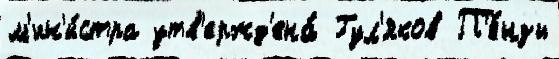
м'ин'и́стра утв'ержд'ена́ Гул'яков П'е́нзы